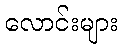
လောင်းများ